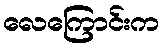
လေကြောင်းက